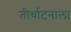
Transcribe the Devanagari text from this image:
तीर्थाटनाला